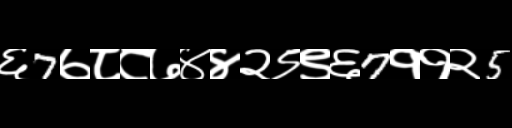
Text: ६7७८८७४४२९९६7११२5